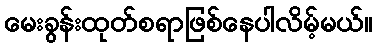
မေးခွန်းထုတ်စရာဖြစ်နေပါလိမ့်မယ်။